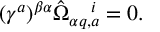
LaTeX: ( \gamma ^ { a } ) ^ { \beta \alpha } \hat { \Omega } _ { \alpha q , a } ^ { ~ ~ ~ i } = 0 .